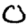
Digit: 0